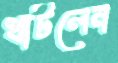
খাটলেন